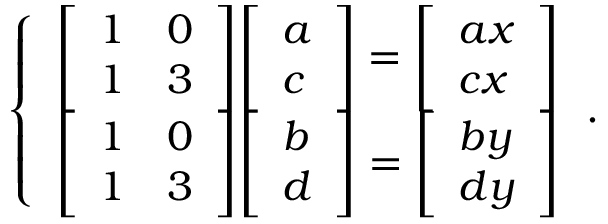
{ \left\{ \begin{array} { l l } { { \left[ \begin{array} { l l } { 1 } & { 0 } \\ { 1 } & { 3 } \end{array} \right] } { \left[ \begin{array} { l } { a } \\ { c } \end{array} \right] } = { \left[ \begin{array} { l } { a x } \\ { c x } \end{array} \right] } } \\ { { \left[ \begin{array} { l l } { 1 } & { 0 } \\ { 1 } & { 3 } \end{array} \right] } { \left[ \begin{array} { l } { b } \\ { d } \end{array} \right] } = { \left[ \begin{array} { l } { b y } \\ { d y } \end{array} \right] } } \end{array} \right. } .